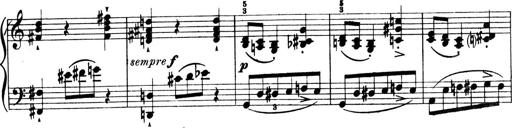
Title: 4 Sonatines
Composer: Max Reger